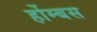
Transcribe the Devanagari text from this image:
र्होम्बस